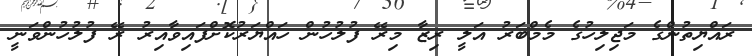
ރައްޔިތުންގެ މަޖިލިހުގެ މެމްބަރު އަލީ ރިޒާ މިރޭ ފުލުހުން ހައްޔަރުކޮށްފައިވާއިރު ރޭ ފުލުހުންވަނީ